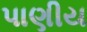
પાણીય